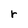
Character: r